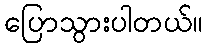
ပြောသွားပါတယ်။